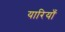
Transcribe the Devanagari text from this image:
यारियाँ